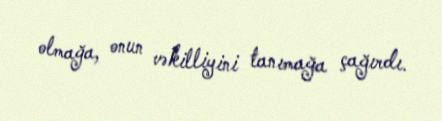
olmağa, onun vəkilliyini tanımağa çağırdı.